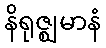
နိရုဇ္ဈမာနံ